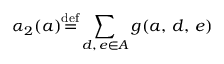
\alpha _ { 2 } ( a ) { \stackrel { \mathrm { d e f } } { = } } \displaystyle \sum _ { d , \, e \in A } g ( a , \, d , \, e )